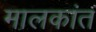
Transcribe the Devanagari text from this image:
मालकांत